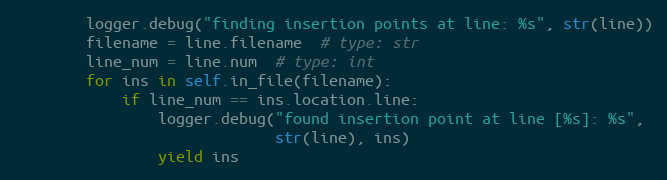
Language: Python
        logger.debug("finding insertion points at line: %s", str(line))
        filename = line.filename  # type: str
        line_num = line.num  # type: int
        for ins in self.in_file(filename):
            if line_num == ins.location.line:
                logger.debug("found insertion point at line [%s]: %s",
                             str(line), ins)
                yield ins